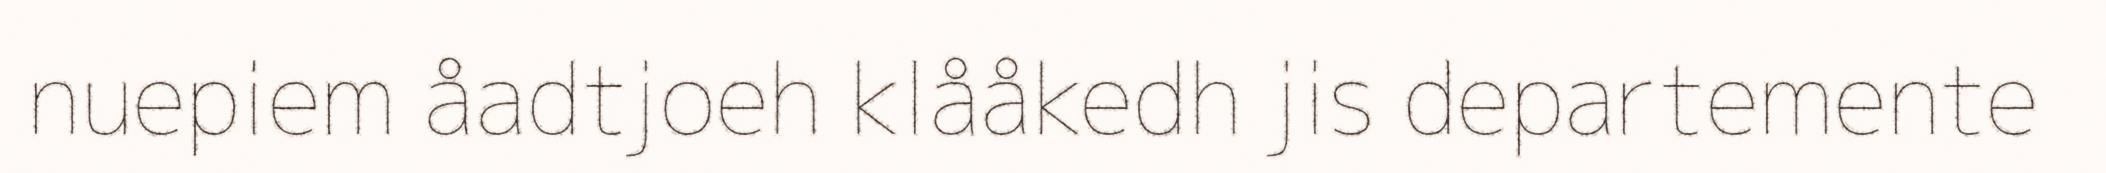
nuepiem åadtjoeh klååkedh jis departemente